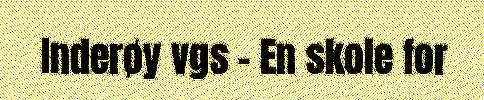
Inderøy vgs - En skole for